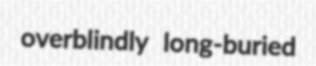
overblindly long-buried